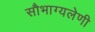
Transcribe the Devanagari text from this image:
सौभाग्यलेणी